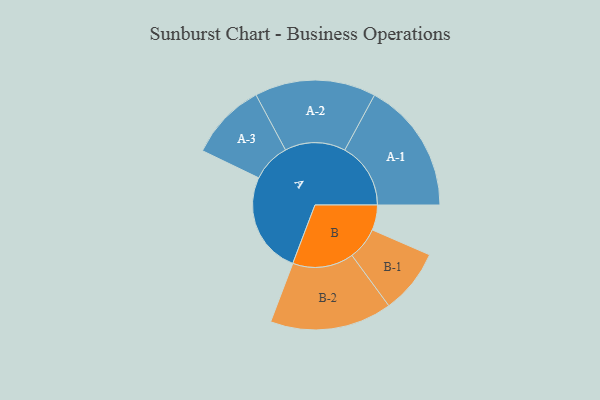
{"axis": {"x": "Segment", "y": "Value"}, "legend": ["", "A", "B"], "data": [{"x": "A", "y": 461, "type": ""}, {"x": "B", "y": 114, "type": ""}, {"x": "A-1", "y": 299, "type": "A"}, {"x": "A-2", "y": 275, "type": "A"}, {"x": "A-3", "y": 175, "type": "A"}, {"x": "B-1", "y": 147, "type": "B"}, {"x": "B-2", "y": 277, "type": "B"}]}